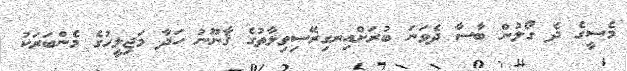
މެސީގެ ދެ ގޯލުން ބާސާ ދެވަނަ ބުރަށްއިނގިރޭސިވިލާތުގެ ޤާނޫނު ހަދާ މަޖިލީހުގެ މެންބަރަކު